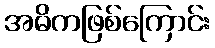
အဓိကဖြစ်ကြောင်း